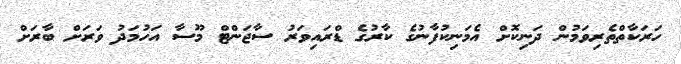
ހަރަކާތްތެރިވަމުން ދަނިކޮށް އެމަނިކުފާނުގެ ކާރުގެ ޑްރައިވަރު ސާޖަންޓް މޫސާ އަހުމަދު ވަރަށް ބާރަށް